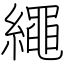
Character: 繩